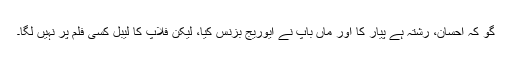
گو کہ احسان، رشتہ ہے پیار کا اور ماں باپ نے ایوریج بزنس کیا، لیکن فلاپ کا لیبل کسی فلم پر نہیں لگا۔